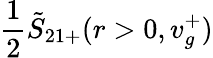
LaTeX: \frac 12\tilde{S}_{21+}(r>0,v_{g}^{+})